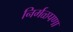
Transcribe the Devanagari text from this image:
निर्मळपणा